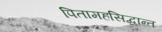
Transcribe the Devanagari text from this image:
पितामहसिद्धान्त